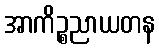
အာကိဉ္စညာယတန